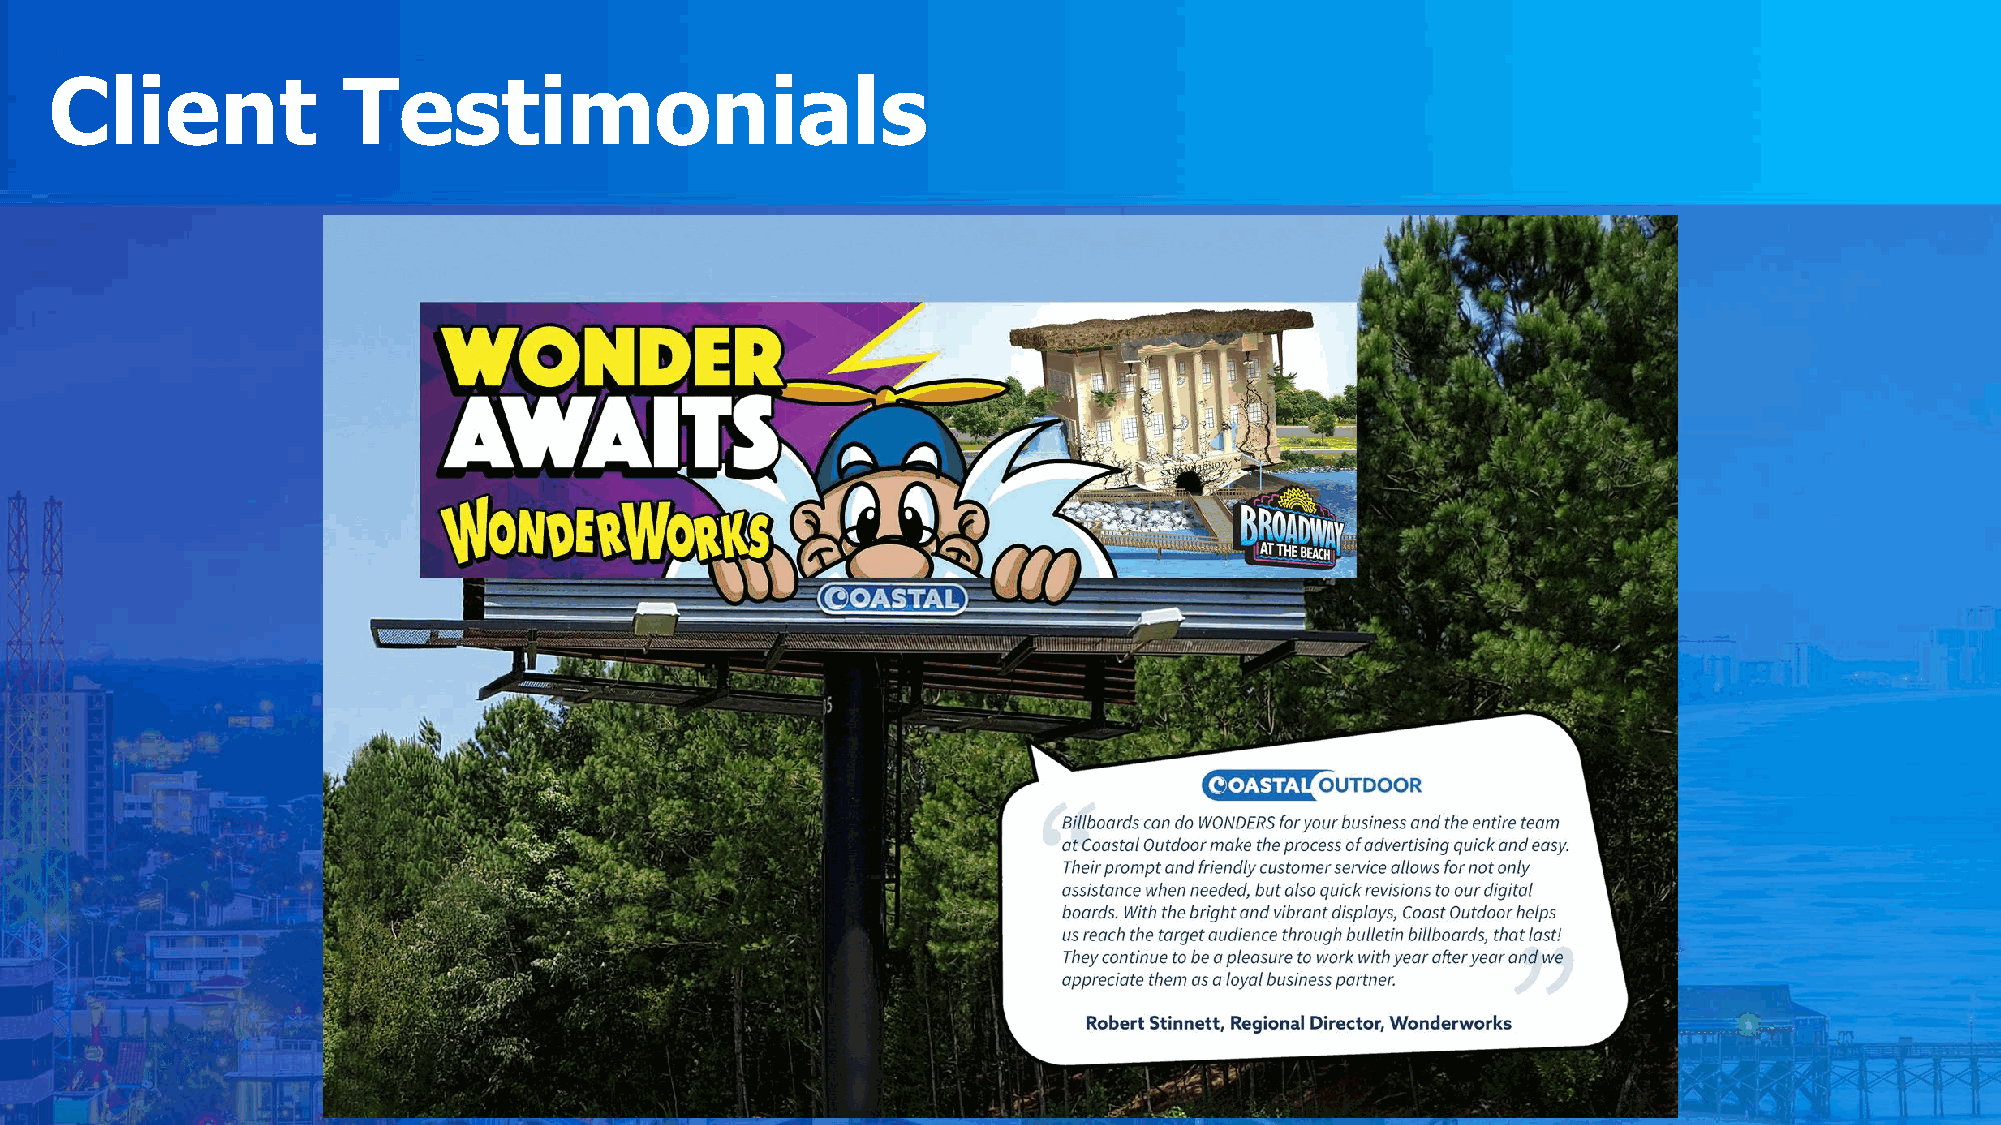
Client              Testimonials
 Randy    Dorenbos
 MD   Roofing   &  Windows